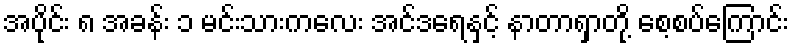
အပိုင်း ၈ အခန်း ၁ မင်းသားကလေး အင်ဒရေနှင့် နာတာရှာတို့ စေ့စပ်ကြောင်း